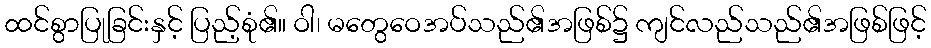
ထင်စွာပြုခြင်းနှင့် ပြည့်စုံ၏။ ဝါ၊ မတွေဝေအပ်သည်၏အဖြစ်၌ ကျင်လည်သည်၏အဖြစ်ဖြင့်